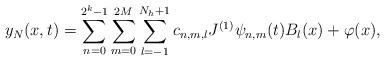
LaTeX: \begin{align*}y_N(x,t)=\sum_{n=0}^{2^k-1}\sum_{m=0}^{2M}\sum_{l=-1}^{N_h+1}c_{n,m,l}J^{(1)}\psi_{n,m}(t)B_l(x)+\varphi(x),\end{align*}